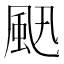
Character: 𩖜